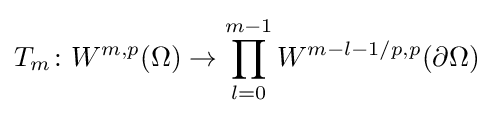
T_{m}\colon W^{m,p}(\Omega )\to \prod _{l=0}^{m-1}W^{m-l-1/p,p}(\partial \Omega )